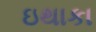
ઇથાકા